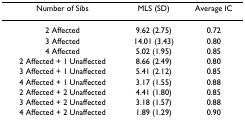
| Number of Sibs | MLS (SD) | Average IC |
 | --- | --- | --- |
 | 2 Affected | 9.62 (2.75) | 0.72 |
 | 3 Affected | 14.01 (3.43) | 0.80 |
 | 4 Affected | 5.02 (1.95) | 0.85 |
 | 2 Affected + 1 Unaffected | 8.66 (2.49) | 0.80 |
 | 3 Affected + 1 Unaffected | 5.41 (2.12) | 0.85 |
 | 4 Affected + 1 Unaffected | 3.17 (1.55) | 0.88 |
 | 2 Affected + 2 Unaffected | 4.41 (1.80) | 0.85 |
 | 3 Affected + 2 Unaffected | 3.18 (1.57) | 0.88 |
 | 4 Affected + 2 Unaffected | 1.89 (1.29) | 0.90 |